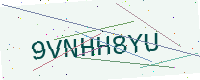
Text: 9VNHH8YU